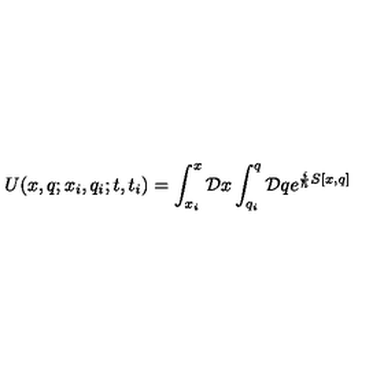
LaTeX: U ( x , q ; x _ { i } , q _ { i } ; t , t _ { i } ) = \int _ { x _ { i } } ^ { x } { \cal D } x \int _ { q _ { i } } ^ { q } { \cal D } q e ^ { { \frac { i } { \hbar } } S [ x , q ] }